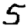
Digit: 5